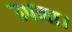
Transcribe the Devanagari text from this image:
उपमा।